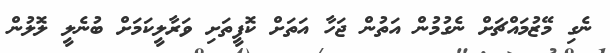
ނެގި މޭޒުމައްޗަށް ނެގުމުން އަތުން ޖަހާ އަތަށް ކޮފީތަށި ވަރާލީކަމަށް ބުނެލީ ލޮލުން